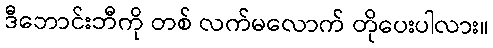
ဒီဘောင်းဘီကို တစ် လက်မလောက် တိုပေးပါလား။